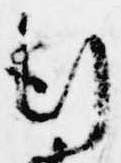
行